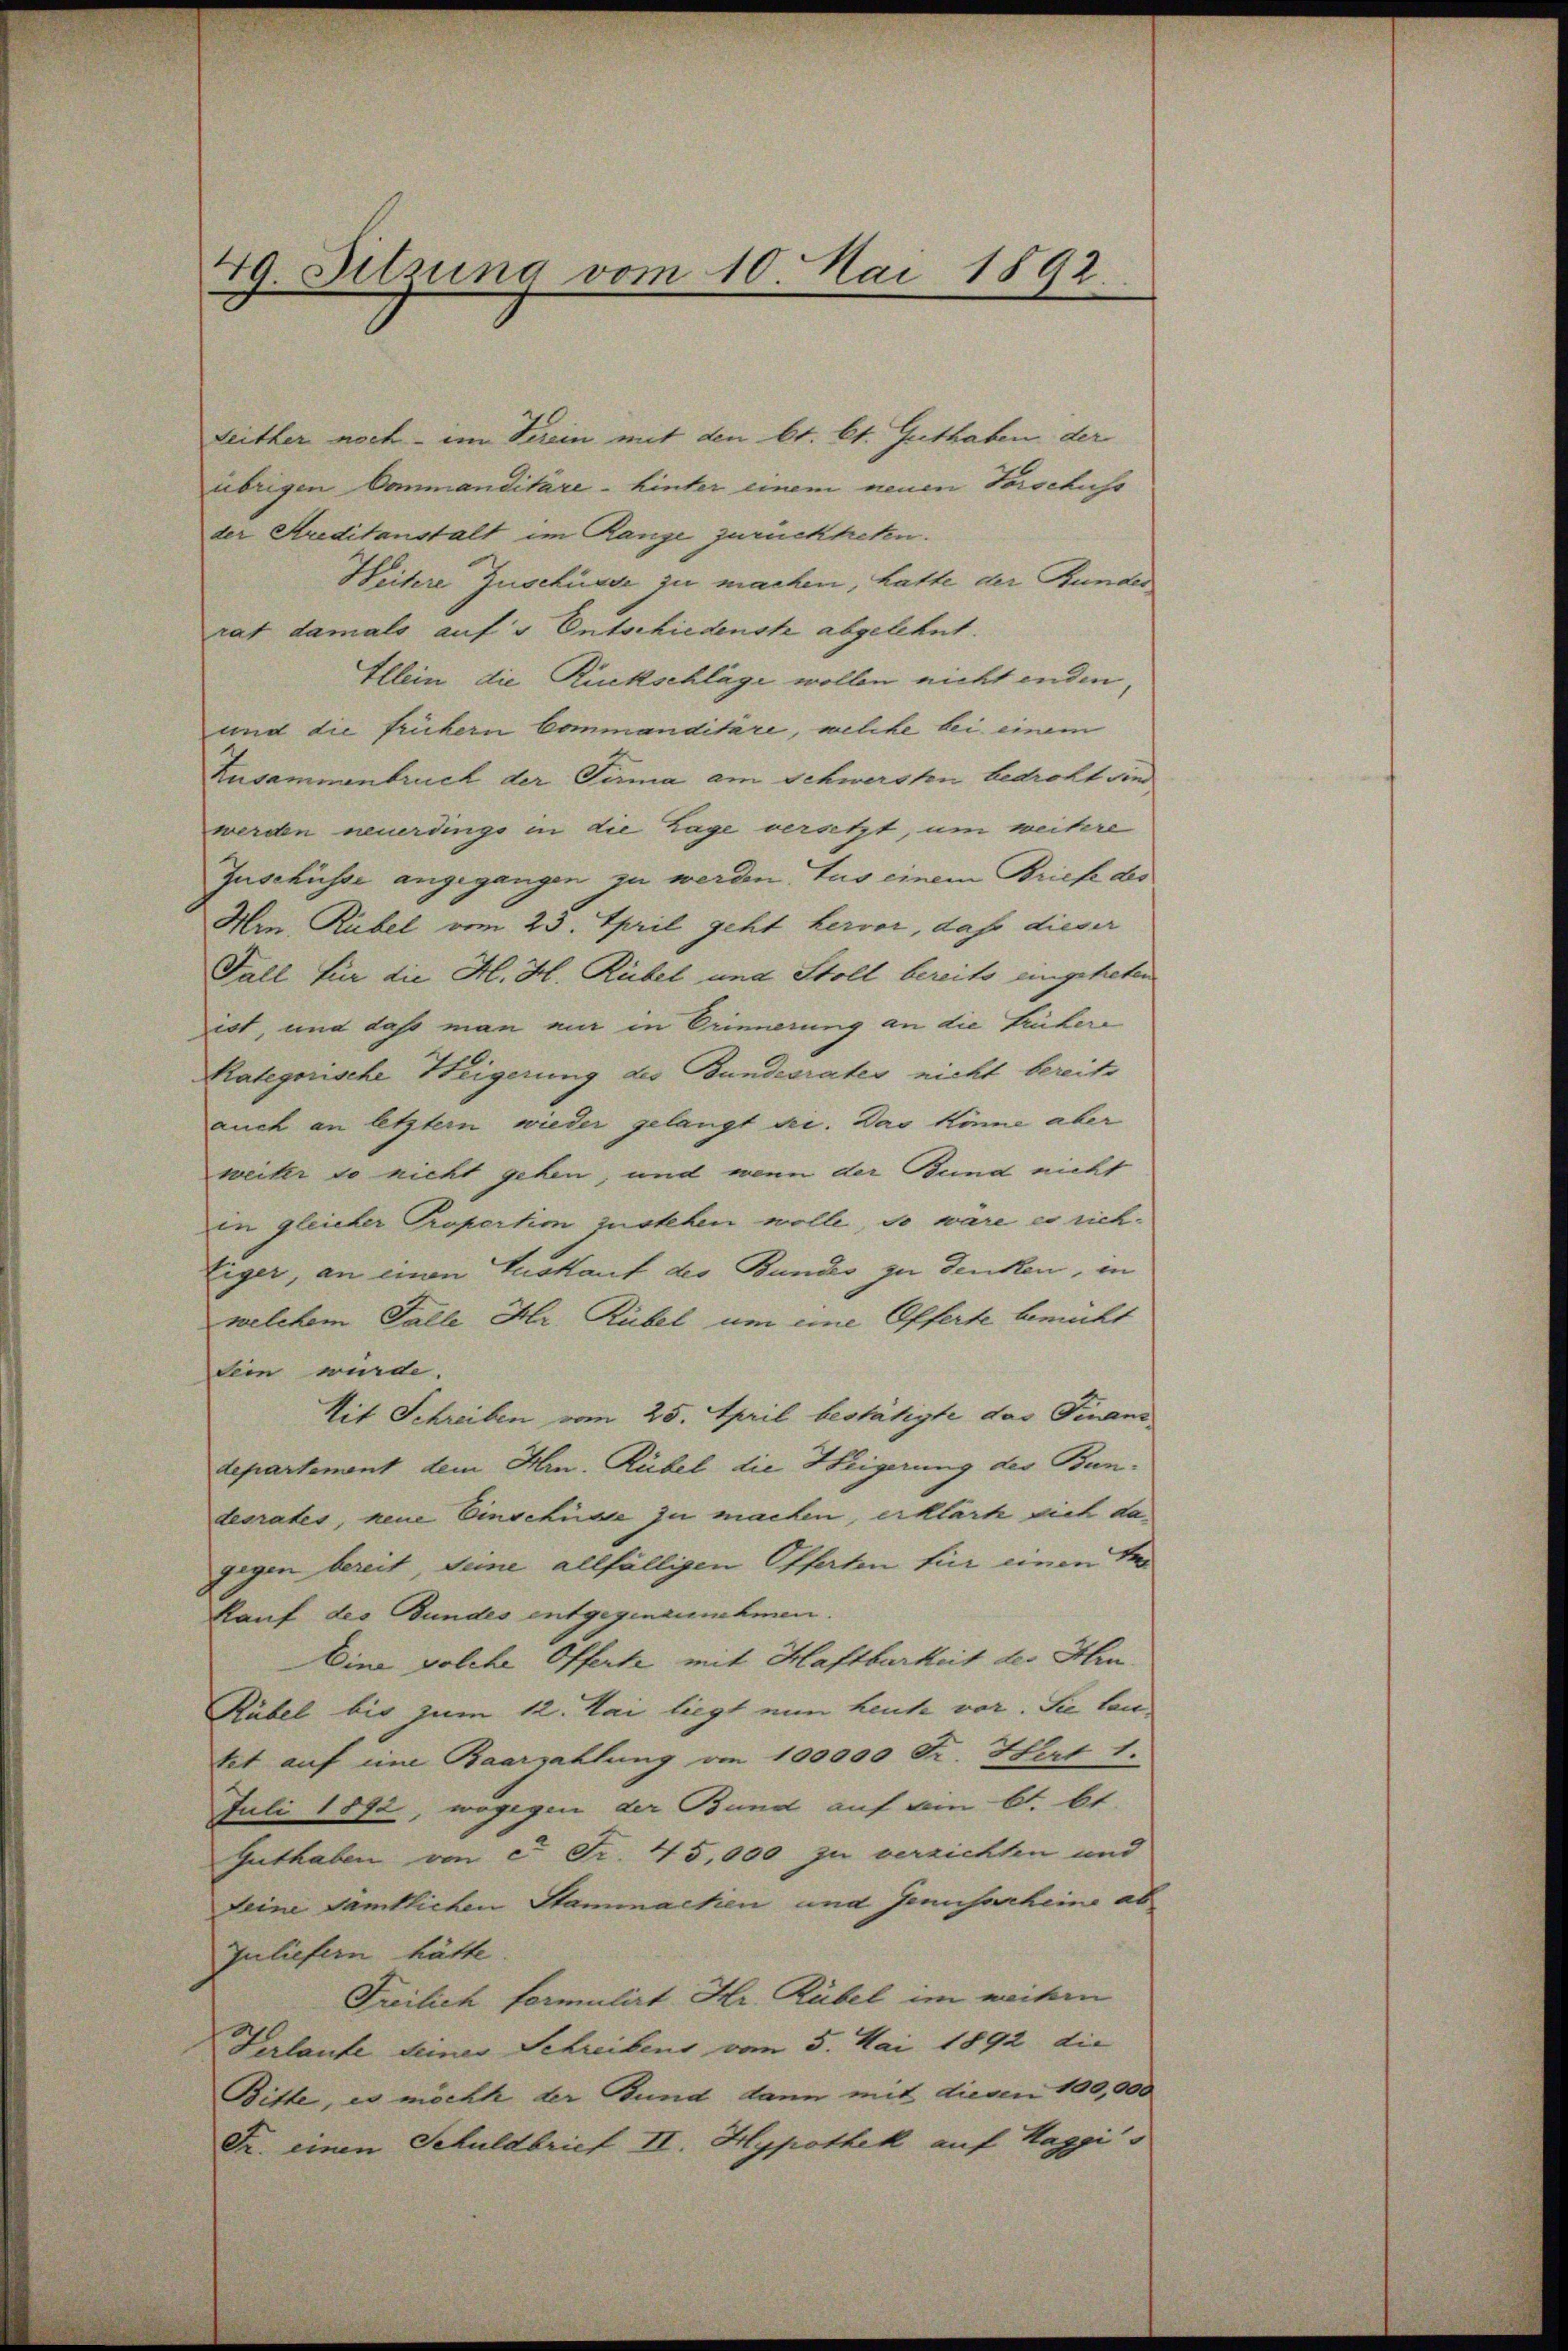
49. Sitzung vom 10. Mai 1892.

Leither noch - im Verein mit den lt. St. Guthaben der
übrigen Commanditare - hinter einem neuen Forschuss
der Kreditanstalt im Range zurücktreten.
Heitere Zuschürde zu machen, hatte der Bunder
rat damals aufs Entschiedenst abgelehnt.
Illein die Rückschläge wollen nicht enden,
und die frühern Commanditäre, welche bei einem
Zusammenbruch der Tuma am Schwersten bedroht die
werden neuerdings in die Lage versetzt, um weitere
Zuschüsse angegangen zu werden. Aus einem Briefe des
Ain Rübel vom 23. April geht hervor, daß dieser
Fall für die H. H. Rübel und Stoll bereits eingeheten
iot, und dass man mir in Erinnerung an die Frühere
Kategorische Heigerung des Bundesrates nicht bereits
auch an letzter wieder gelangt sei. Das könne aber
weiter so nicht gehen, und wenn der Bund nicht
in gleicher Propertim zustehen wolle, so wäre es rich¬
Eiger, an einen Auskauf des Bundes zu denken, in
welchem Falle Hr. Rübel um eine Offerte bemüht
Sein würde.
Mit Schreiben vom 25. April bestätigte das Finanz
departenant dem Hrn. Rübel die Heigerung des Bundesrates, neue Einschüsse zu machen, erklärte sich dagegen bereit seine allfälligen Offerten für einen Per¬
Kauf des Bundes entgegenzunehmen.
Eine solche Offerte mit Haftbarkeit des Hrn.
Rübel bis zum 12. Mai liegt nun heute vor. Sie lautet auf eine Baarzahlung am 100000 Fr. Hirt 1.
Juli 1892, wogegen der Bund auf ain 6t bt.
Guthaben von et Fr. 45,000 zu verzichten und
Deine sämtlichen Stammachen und Genusarheine ab
Iuliefern hätte.
Freilich formulirt Hr. Rübel im weitern
Krlaufe deiner Schreibens vom 5. Mai 1892 die
Bitte, es möchte der Bund dann mit diesen 100,000
Fr. einen Schuldbrief II. Hypothek auf Haggis